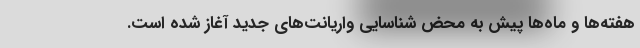
هفته‌ها و ماه‌ها پیش به محض شناسایی واریانت‌های جدید آغاز شده است.